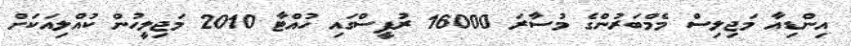
އިންޑިއާ މަޖިލިސް މެމްބަރުންގެ މުސާރަ 16000 ރުޕީސްގައި ހުއްޓާ 2010 މަޖިލީހުން ކުއްލިއަކަށް